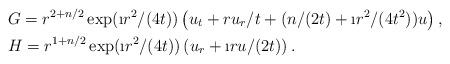
LaTeX: \begin{align*}&G = r^{2+n/2} \exp(\i r^2/(4t)) \left(u_t + ru_r/t + (n/(2t) + \i r^2/(4t^2))u \right), \\&H = r^{1+n/2}\exp(\i r^2/(4t)) \left(u_r + \i ru/(2t)\right).\end{align*}